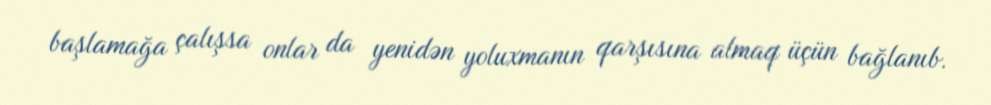
başlamağa çalışsa onlar da yenidən yoluxmanın qarşısına almaq üçün bağlanıb.